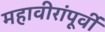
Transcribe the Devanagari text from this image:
महावीरांंपूर्वी